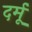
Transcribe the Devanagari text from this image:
दर्मू